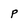
Character: P